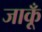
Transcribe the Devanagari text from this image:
जाकूँ